Report on plague in the Punjab from October 1st ... to September 30th ..., being the ... season of plague in the province
Disease focus: Plague
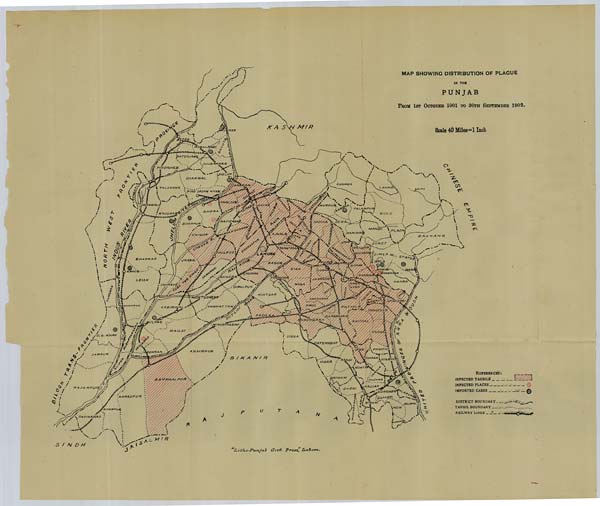
MAP SHOWING DISTRIBUTION OF PLAGUE
IN THE
PUNJAB
FROM 1ST OCTOBER 1901 TO 30TH SEPTEMBER
1902.
Scale 40 Miles = 1 Inch
"Litho-Punjab
Govt.
Press,"
Lahore.